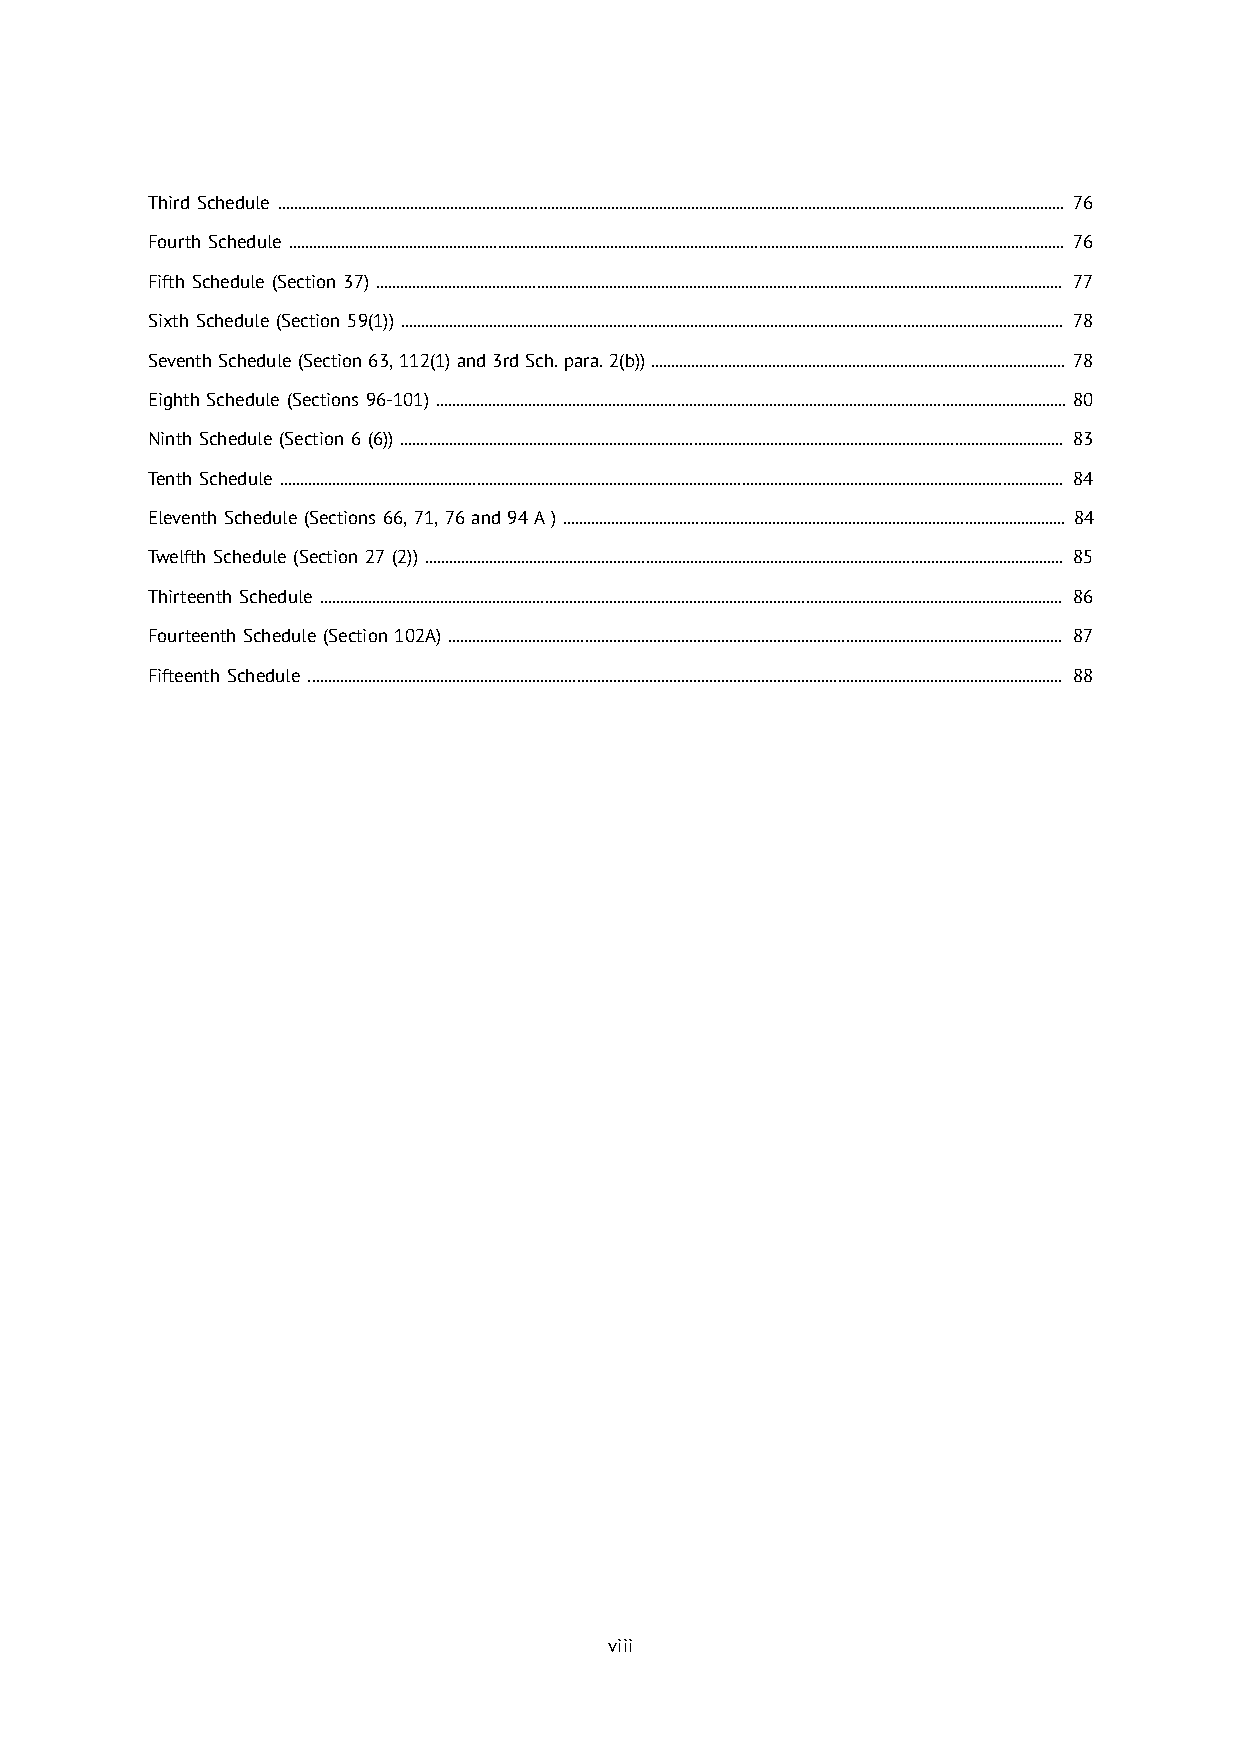
Third Schedule .................................................................................................................................................................................................... 76
 Fourth Schedule ................................................................................................................................................................................................. 76
 Fifth Schedule (Section 37) ........................................................................................................................................................................... 77
 Sixth Schedule (Section 59(1)) ..................................................................................................................................................................... 78
 Seventh Schedule (Section 63, 112(1) and 3rd Sch. para. 2(b)) ....................................................................................................... 78
 Eighth Schedule (Sections 96-101) ............................................................................................................................................................. 80
 Ninth Schedule (Section 6 (6)) ..................................................................................................................................................................... 83
 Tenth Schedule ................................................................................................................................................................................................... 84
 Eleventh Schedule (Sections 66, 71, 76 and 94 A ) ............................................................................................................................. 84
 Twelfth Schedule (Section 27 (2)) ............................................................................................................................................................... 85
 Thirteenth Schedule ......................................................................................................................................................................................... 86
 Fourteenth Schedule (Section 102A) ......................................................................................................................................................... 87
 Fifteenth Schedule ............................................................................................................................................................................................ 88
 viii